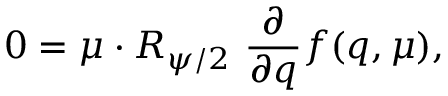
0 = \mu \cdot R _ { \psi / 2 } \ { \frac { \partial } { \partial q } } f ( q , \mu ) ,